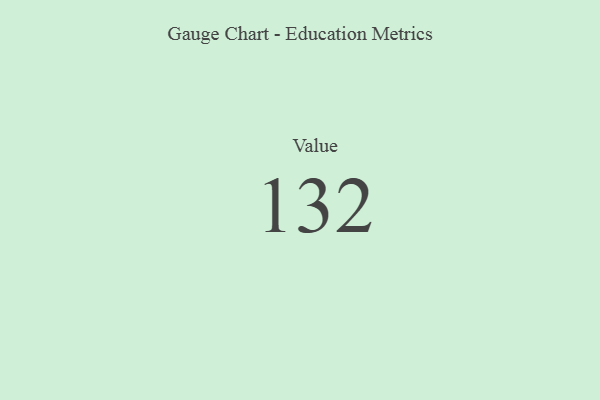
{"axis": {"x": "Metric", "y": "Value"}, "legend": [""], "data": [{"x": "Value", "y": 132, "type": ""}]}